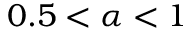
0 . 5 < \alpha < 1